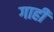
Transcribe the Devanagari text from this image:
गाहीं